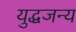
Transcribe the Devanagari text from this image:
युद्धजन्‍य